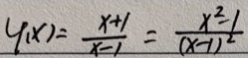
\varphi ( x ) = \frac { x + 1 } { x - 1 } = \frac { x ^ { 2 } - 1 } { ( x - 1 ) ^ { 2 } }